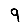
Digit: 9